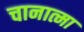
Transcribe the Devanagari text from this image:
चानात्मा